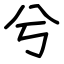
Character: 兮